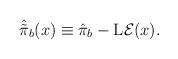
LaTeX: \begin{align*}\hat{\tilde{\pi}}_b(x) \equiv \hat{\pi}_b - {\rm L}{\cal E}(x).\end{align*}